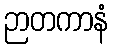
ဉာတကာနံ